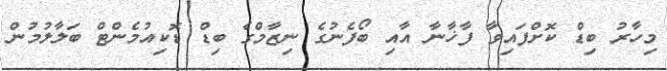
މިހާރު ބިޑް ކޮށްފައިވާ ފާޚާނާ އާއި ބޯފެނުގެ ނިޒާމްގެ ބިޑް ޑޮކިއުމެންޓް ބަލާލުމުން